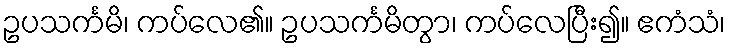
ဥပသင်္ကမိ၊ ကပ်လေ၏။ ဥပသင်္ကမိတွာ၊ ကပ်လေပြီး၍။ ဧကံသံ၊